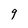
Character: 9